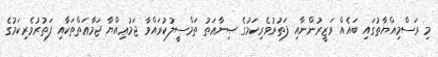
މި ރަސްމިއްޔާތުގައި ބައެއް ވަޒީރުންނާއި ފަތުރުވެރިކަމުގެ ޞިނާޢަތު ތަމްސީލުކުރައްވާ ޖަމުޢިއްޔާ ޖަމާޢަތްތަކާއި ފަތުރުވެރިކަމުގެ